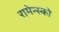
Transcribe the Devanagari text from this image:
रामेन्स्को